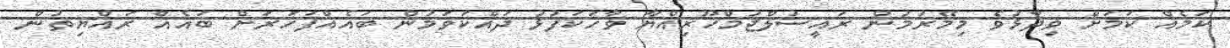
ކަމެއް ކަމަށް ވިދާޅުވެ މިމޭރުމުން ރައީސުލްޖުމްހޫރިއްޔާ ވާހަކަފުޅު ދައްކަވަމުން ބައެއްފަހަރަށް ބައެއް ރައްޔިތުން